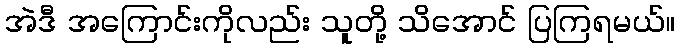
အဲဒီ အကြောင်းကိုလည်း သူတို့ သိအောင် ပြကြရမယ်။